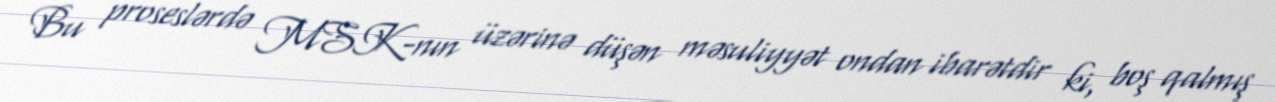
Bu proseslərdə MSK-nın üzərinə düşən məsuliyyət ondan ibarətdir ki, boş qalmış